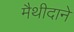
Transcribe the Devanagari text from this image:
मैथीदाने